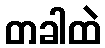
တခါထဲ